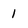
Character: 1